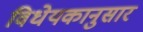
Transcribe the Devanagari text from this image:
विधेयकानुसार